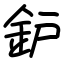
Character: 鈩